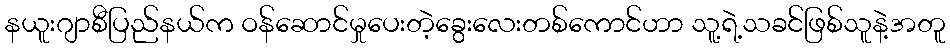
နယူးဂျာစီပြည်နယ်က ဝန်ဆောင်မှုပေးတဲ့ခွေးလေးတစ်ကောင်ဟာ သူ့ရဲ့သခင်ဖြစ်သူနဲ့အတူ